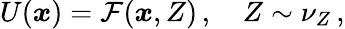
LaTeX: U(\boldsymbol{x})=\mathcal{F}(\boldsymbol{x},Z)\, ,\quad Z\sim\nu_{Z}\, ,